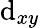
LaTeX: \mathrm{d}_{xy}